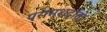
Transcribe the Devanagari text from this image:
परामशर्दाता